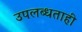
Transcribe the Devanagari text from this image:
उपलब्धताही